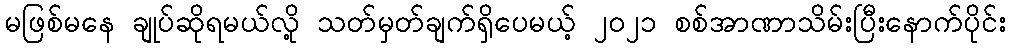
မဖြစ်မနေ ချုပ်ဆိုရမယ်လို့ သတ်မှတ်ချက်ရှိပေမယ့် ၂၀၂၁ စစ်အာဏာသိမ်းပြီးနောက်ပိုင်း